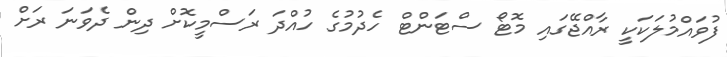
ފުވައްމުލަކަކީ ރާއްޖޭގައި މޮޓޯ ސްޓަންޓް ހެދުމުގެ ހުއްދަ ރަސްމީކޮށް ދިން ދެވަނަ ރަށް